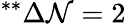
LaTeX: ^{**}\Delta\mathcal{N}=2